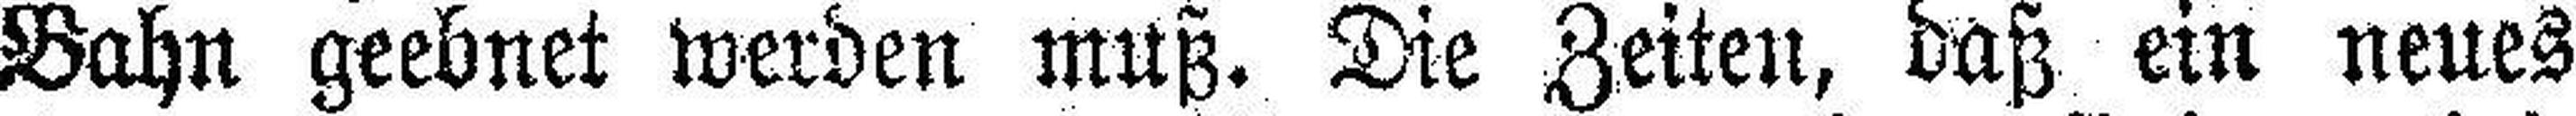
Bahn geebnet werden muß. Die Zeiten, daß ein neues